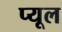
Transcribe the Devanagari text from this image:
प्यूल